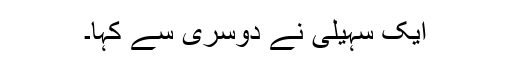
ایک سہیلی نے دوسری سے کہا۔